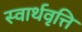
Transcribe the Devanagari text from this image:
स्वार्थवृत्ति